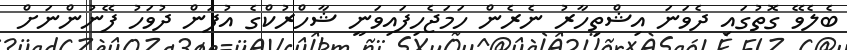
ބެލެވޭ ގޮތުގައި ދެވަނަ އިޝްތިހާރު ނެރެން ހަމަޖެހިފައިވަނީ ޝާހްރުކްގެ އުފަން ދުވަހު ފޭނުންނަށް